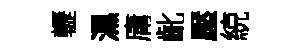
轣濕庸齔壓綂